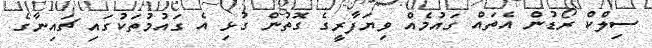
ސިލްކް ރޯޑުން އެތައް ގައުމެއް ވިޔަފާރީގެ ގޮތުން ގުޅި އެ ގައުމުތަކުގައި ޗައިނާގެ